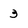
Character: 3